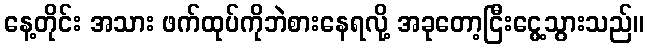
နေ့တိုင်း အသား ဖက်ထုပ်ကိုဘဲစားနေရလို့ အခုတော့ငြီးငွေ့သွားသည်။